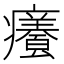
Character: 𭼸